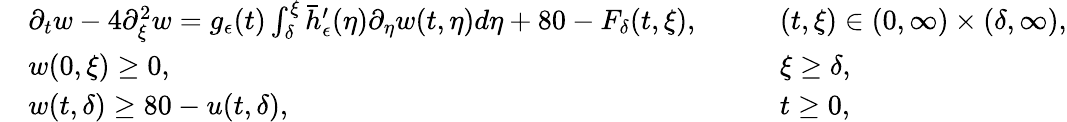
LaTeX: \begin{array}{rlrl}&{\partial_{t}w-4\partial_{\xi}^{2}w=g_{\epsilon}(t)\int_{\delta}^{\xi}\bar{h}_{\epsilon}^{\prime}(\eta)\partial_{\eta}w(t,\eta)d\eta+80-F_{\delta}(t,\xi),\quad}&&{(t,\xi)\in(0,\infty)\times(\delta,\infty),}\\ &{w(0,\xi)\geq 0,\quad}&&{\xi\geq\delta,}\\ &{w(t,\delta)\geq 80-u(t,\delta),\quad}&&{t\geq 0,}\end{array}